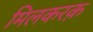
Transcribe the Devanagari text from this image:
मिलकरक़